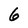
Character: 6